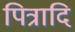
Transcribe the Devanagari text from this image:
पित्रादि